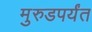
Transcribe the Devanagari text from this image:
मुरुडपर्यंत